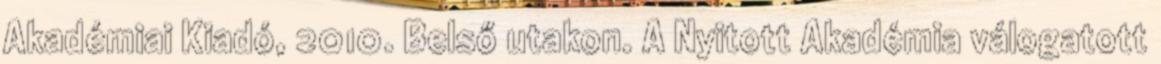
Akadémiai Kiadó, 2010. Belső utakon. A Nyitott Akadémia válogatott